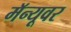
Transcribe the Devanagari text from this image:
मॅन्यूवर